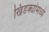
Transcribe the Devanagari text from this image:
खिडक्यांमध्ये